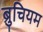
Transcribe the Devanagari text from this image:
ब्रुचियम